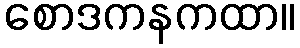
စောဒကနကထာ။